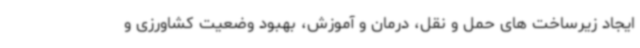
ایجاد زیرساخت های حمل و نقل، درمان و آموزش، بهبود وضعیت کشاورزی و